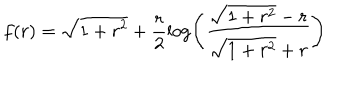
LaTeX: f ( r ) = \sqrt { 1 + r ^ { 2 } } + \frac { r } { 2 } \log \left( \frac { \sqrt { 1 + r ^ { 2 } } - r } { \sqrt { 1 + r ^ { 2 } } + r } \right)